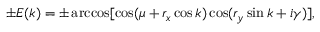
\pm E ( k ) = \pm \operatorname { a r c c o s } [ \cos ( \mu + r _ { x } \cos k ) \cos ( r _ { y } \sin k + i \gamma ) ] ,